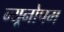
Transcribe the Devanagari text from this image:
न्यूनोपम